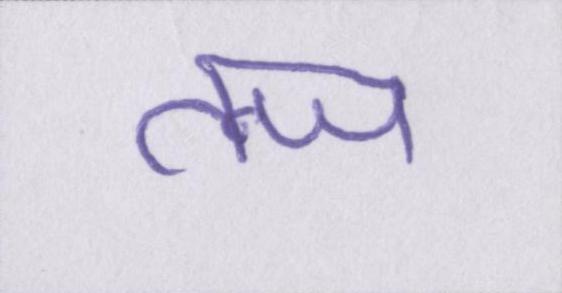
तन्ज